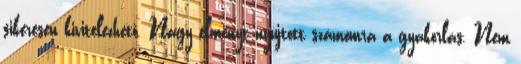
sikeresen kivitelezhető. Nagy élményt nyújtott számomra a gyakorlás. Nem